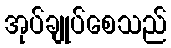
အုပ်ချုပ်စေသည်